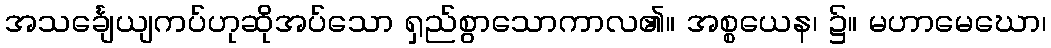
အသင်္ချေယျကပ်ဟုဆိုအပ်သော ရှည်စွာသောကာလ၏။ အစ္စယေန၊ ၌။ မဟာမေဃော၊